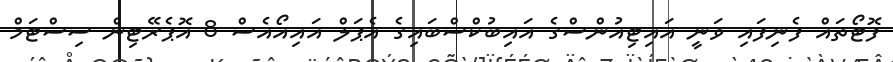
ފޮޓޯތައް ފެނިފައި ވަނީ އައިޓިއުންސްގެ އައިބުކްސްބައިގެ އެޕަލް އައިއޯއެސް 8 އޮޕެރޭޓިން ސިސްޓަމް